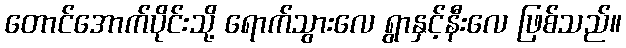
တောင်အောက်ပိုင်းသို့ ရောက်သွားလေ ရွာနှင့်နီးလေ ဖြစ်သည်။